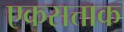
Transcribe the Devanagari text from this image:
एकसत्ताक